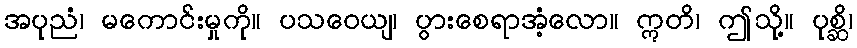
အပုညံ၊ မကောင်းမှုကို။ ပသဝေယျ၊ ပွားစေရာအံ့လော။ ဣတိ၊ ဤသို့။ ပုစ္ဆိ၊